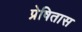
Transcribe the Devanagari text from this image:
प्रेषितास